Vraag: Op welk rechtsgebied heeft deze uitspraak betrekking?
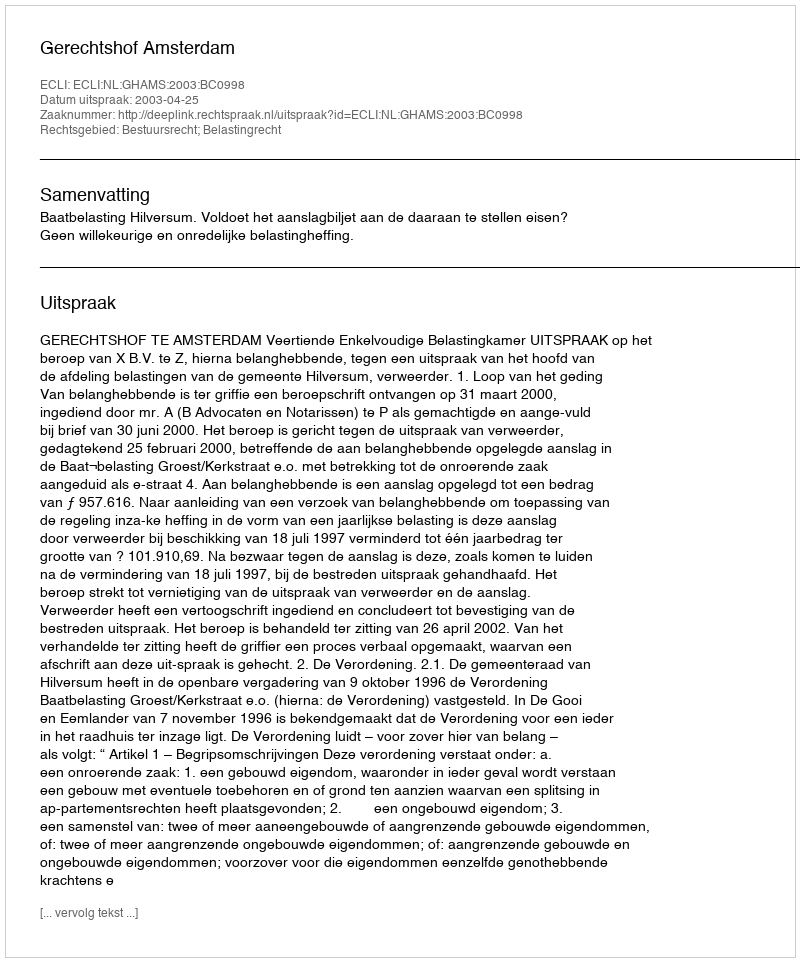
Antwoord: Bestuursrecht; Belastingrecht